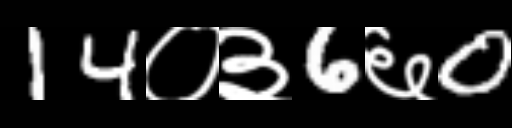
Text: 14०३6६0